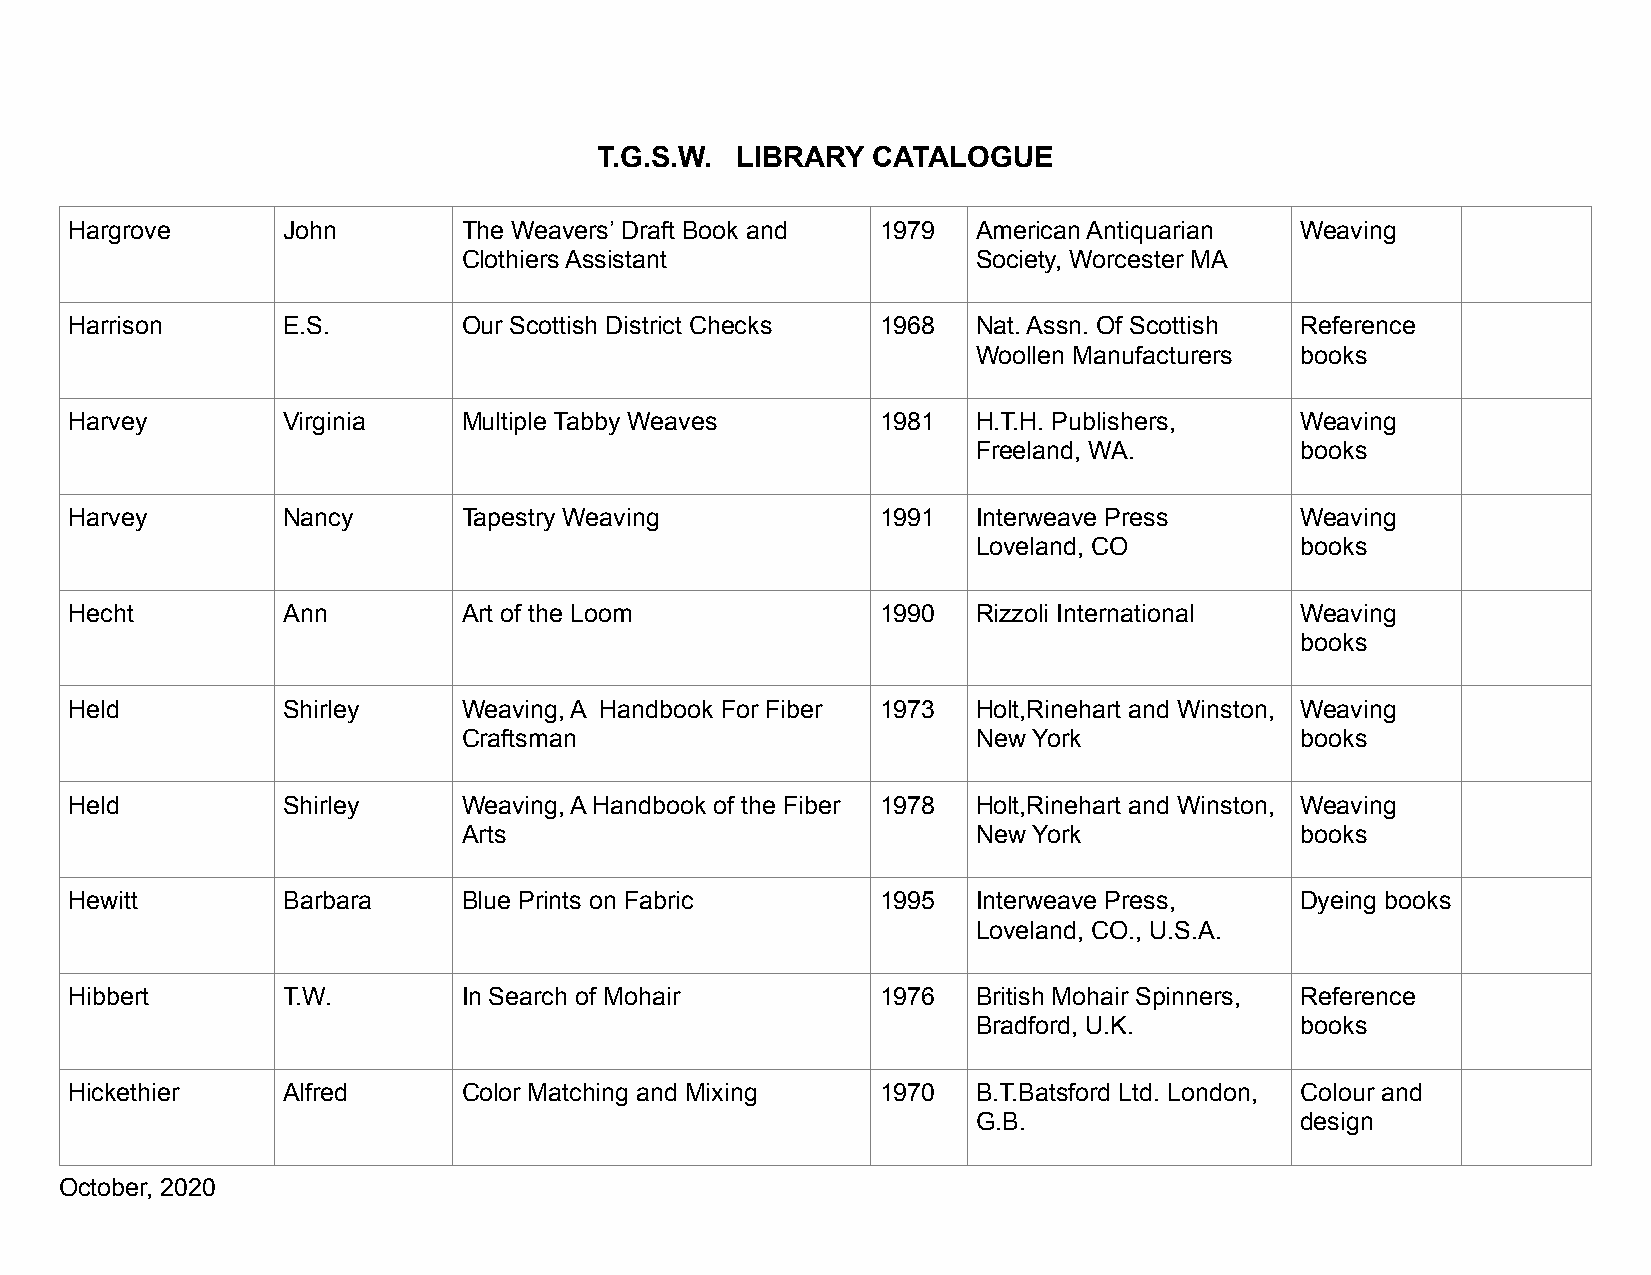
T.G.S.W. LIBRARY  CATALOGUE
 Hargrove      John        The Weavers’ Draft Book and 1979  American Antiquarian Weaving
 Clothiers Assistant               Society, Worcester MA
 Harrison      E.S.        Our Scottish District Checks 1968 Nat. Assn. Of Scottish Reference
 Woollen Manufacturers books
 Harvey        Virginia    Multiple Tabby Weaves      1981   H.T.H. Publishers,   Weaving
 Freeland, WA.        books
 Harvey        Nancy       Tapestry Weaving           1991   Interweave Press     Weaving
 Loveland, CO         books
 Hecht         Ann         Art of the Loom            1990   Rizzoli International Weaving
 books
 Held          Shirley     Weaving, A Handbook For Fiber 1973 Holt,Rinehart and Winston, Weaving
 Craftsman                         New York             books
 Held          Shirley     Weaving, A Handbook of the Fiber 1978 Holt,Rinehart and Winston, Weaving
 Arts                              New York             books
 Hewitt        Barbara     Blue Prints on Fabric      1995   Interweave Press,    Dyeing books
 Loveland, CO., U.S.A.
 Hibbert       T.W.        In Search of Mohair        1976   British Mohair Spinners, Reference
 Bradford, U.K.       books
 Hickethier    Alfred      Color Matching and Mixing  1970   B.T.Batsford Ltd. London, Colour and
 G.B.                 design
 October, 2020